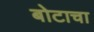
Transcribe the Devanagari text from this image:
बोटाचा